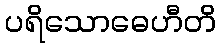
ပရိသောဓေဟီတိ